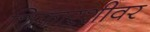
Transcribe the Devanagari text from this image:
शिफारशीवर